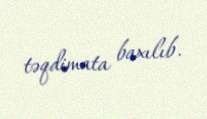
təqdimata baxılıb.